Civil Veterinary Dept. North-West Frontier Province 1933-46 - 1933-1946
Year: 1933
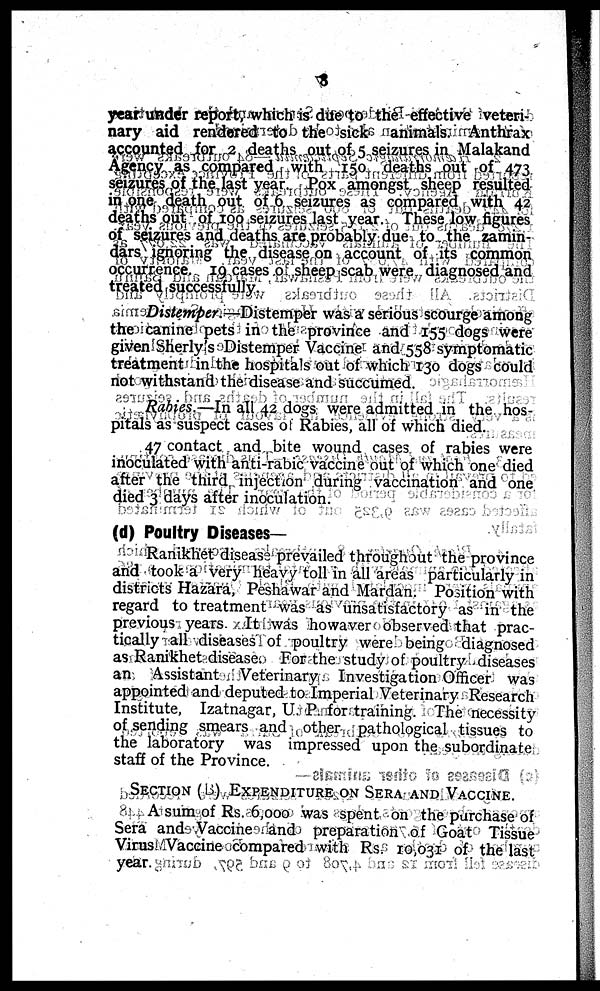
8
year under report, which is due to the effective veteri-
nary aid rendered to the sick animals. Anthrax
accounted for 2 deaths out of 5 seizures in Malakand
Agency as compared with 150 deaths out of 473
seizures of the last year. Pox amongst sheep resulted
in one death out of 6 seizures as compared with 42
deaths out of 100 seizures last year. These low figures
of seizures and deaths are probably due to the zamin-
dars ignoring the disease on account of its common
occurrence. 19 cases o sheep scab were diagnosed and
treated successfully.
Distemper.—Distemper was a serious scourge among
the canine pets in the province and 155 dogs were
given Sherly's Distemper Vaccine and 558 symptomatic
treatment in the hospitals out of which 130 dogs could
not withstand the disease and succumed.
Rabies.—In all 42 dogs were admitted in the hos-
pitals as suspect cases of Rabies, all of which died.
47 contact and bite wound cases of rabies were
inoculated with anti-rabic vaccine out of which one died
after the third injection during vaccination and one
died 3 days after inoculation.
(d) Poultry Diseases—
Ranikhet disease prevailed throughout the province
and took a very heavy toll in all areas particularly in
districts Hazara, Peshawar and Mardan. Position with
regard to treatment was as unsatisfactory as in the
previous years. It was howaver observed that prac-
tically all diseases of poultry were being diagnosed
as Ranikhet disease. For the study of poultry diseases
an Assistant Veterinary Investigation Officer was
appointed and deputed to Imperial Veterinary Research
Institute, Izatnagar, U. P. for training. The necessity
of sending smears and other pathological tissues to
the laboratory was impressed upon the subordinate
staff of the Province.
SECTION (B) EXPENDITURE ON SERA AND VACCINE.
A sum of Rs. 6,000 was spent on the purchase of
Sera and Vaccine and preparation of Goat Tissue
Virus Vaccine compared with Rs. 10,031 of the last
year.